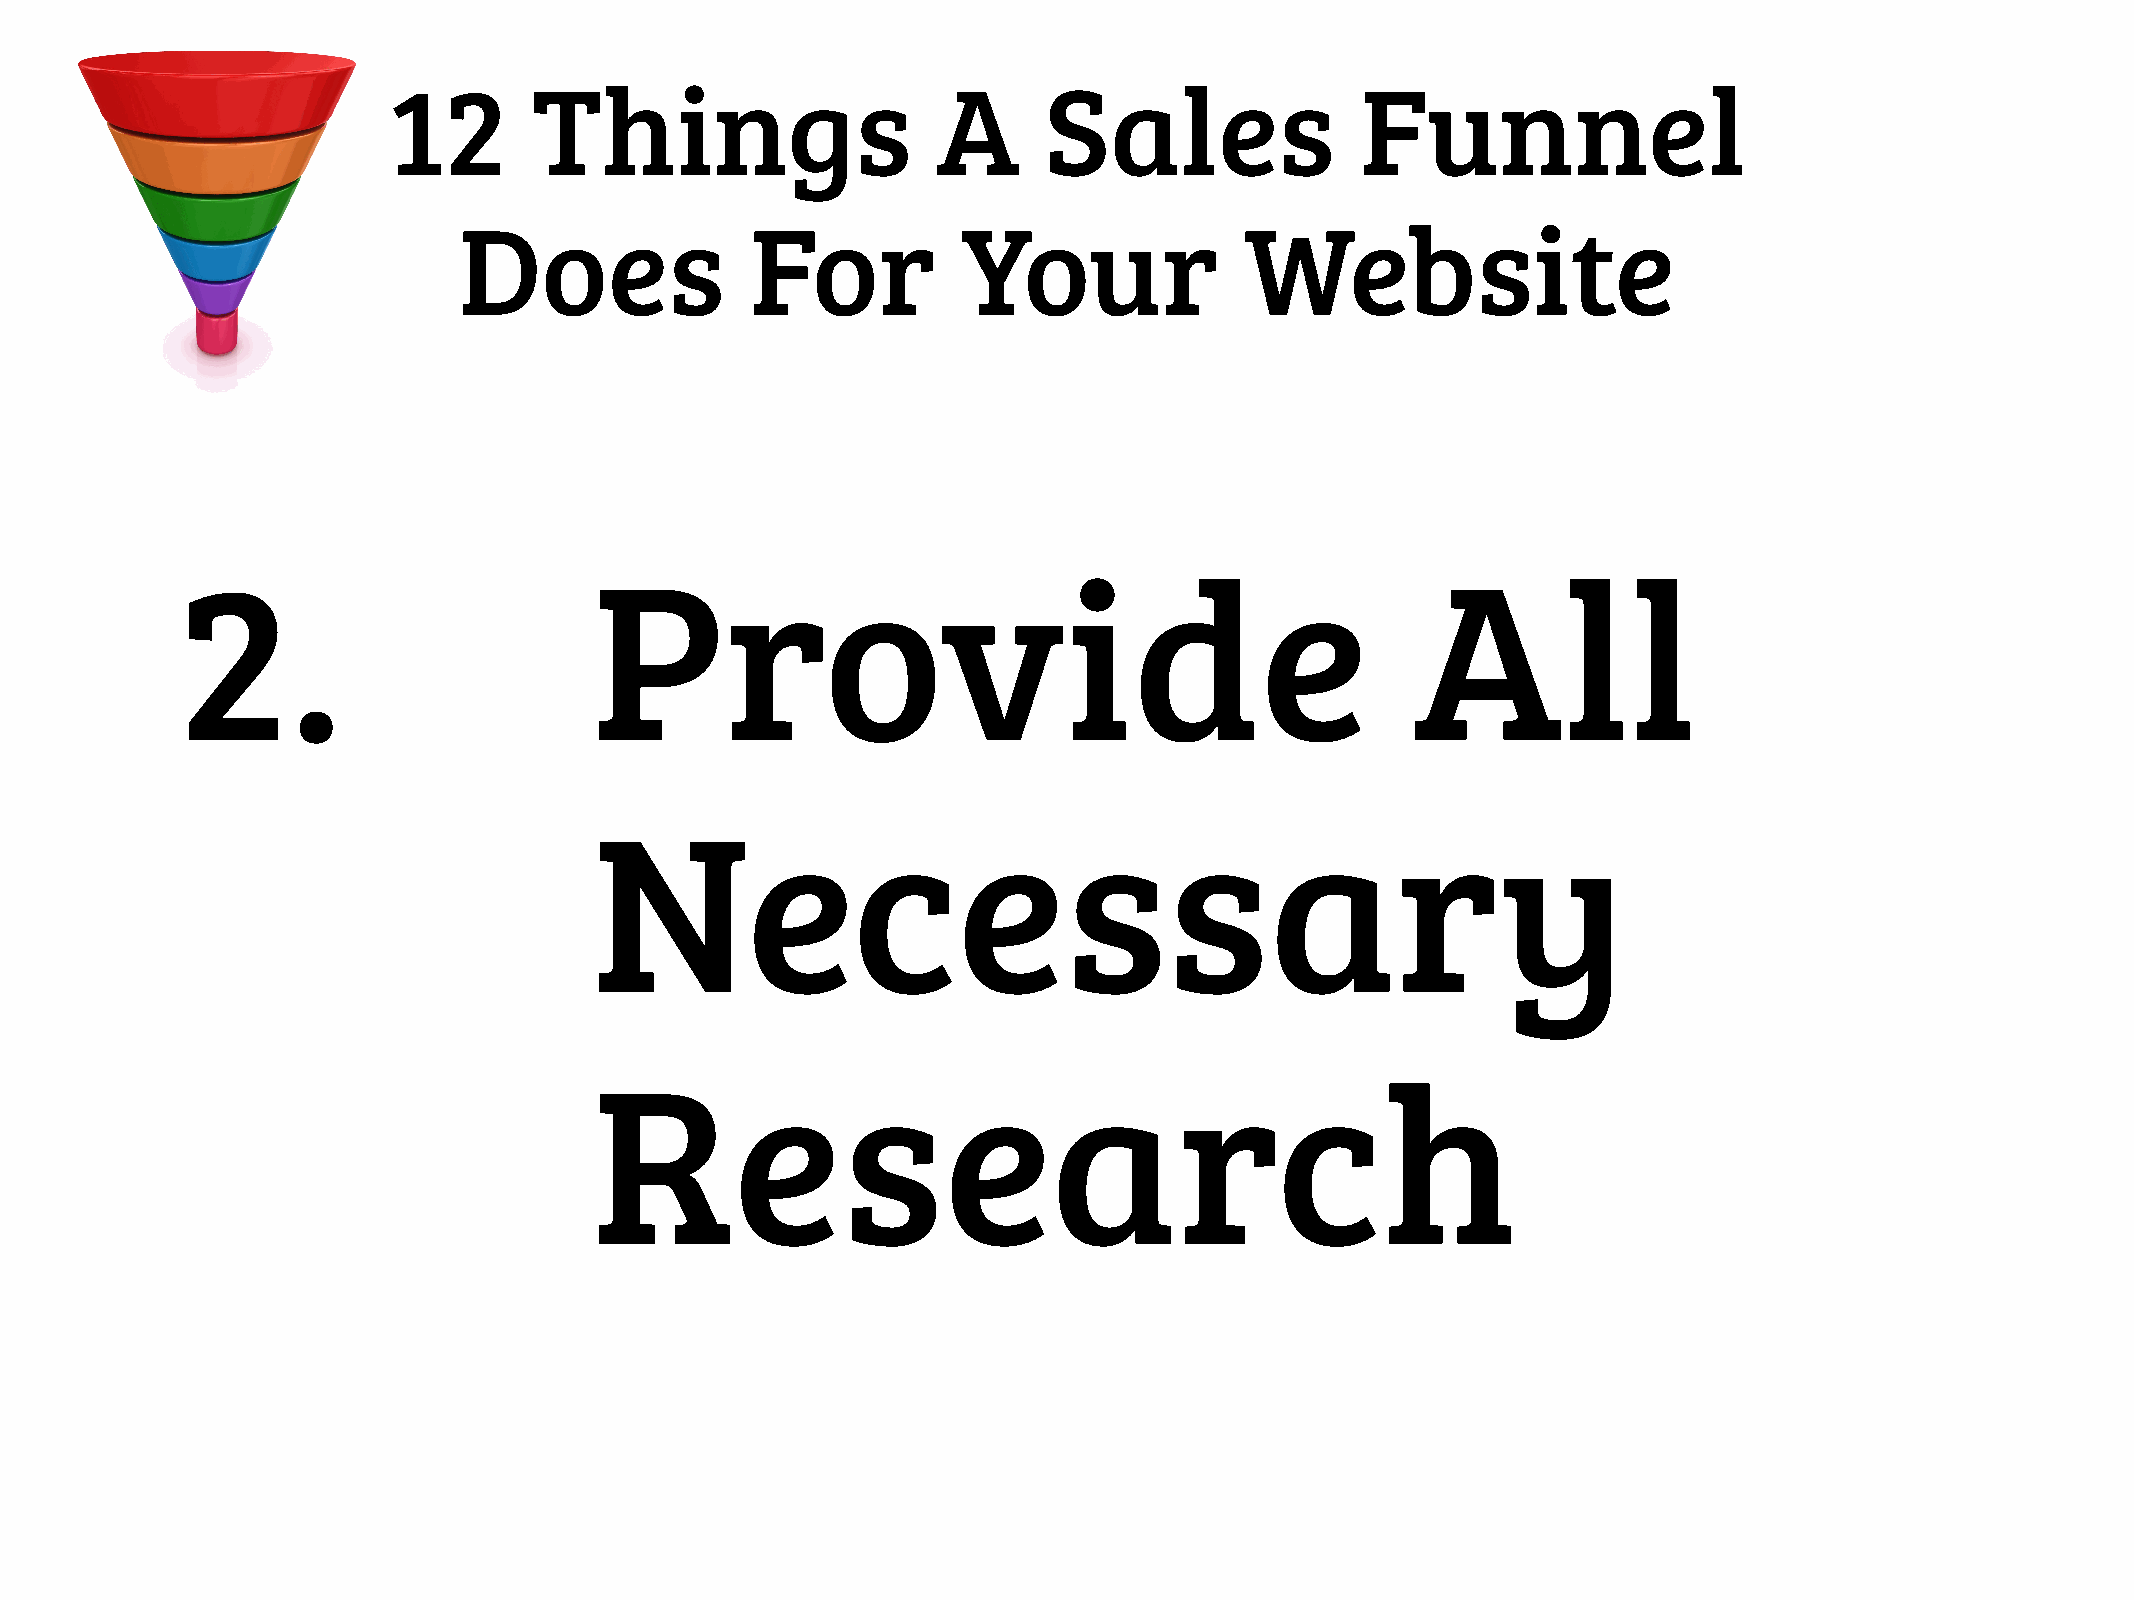
12       Things                     A      Sales                Funnel
 Does                For           Your              Website
 2.                         Provide                                                All
 Necessary
 Research